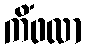
ကိံဖလာ